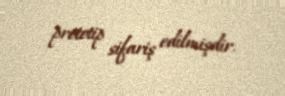
prototip sifariş edilmişdir.